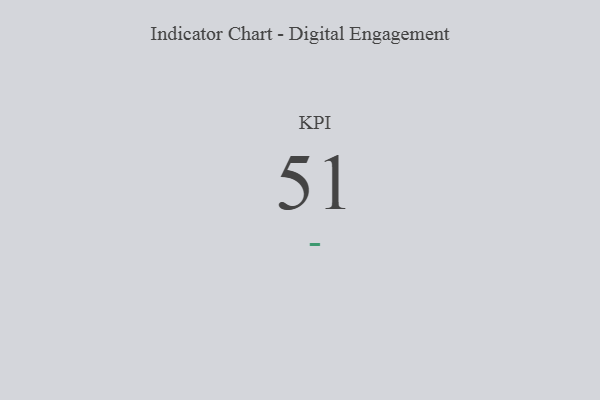
{"axis": {"x": "KPI", "y": "Value"}, "legend": [""], "data": [{"x": "KPI", "y": 51, "type": ""}]}